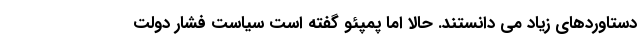
دستاوردهای زیاد می دانستند. حالا اما پمپئو گفته است سیاست فشار دولت